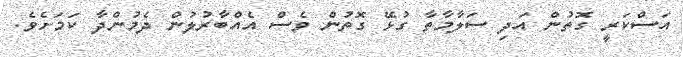
އަސްކަރީ ގޮތުން އަދި ސަލާމާތާ ގުޅޭ ގޮތުން ވެސް އެއްބާރުލުން ދެމުންދާ ކަމަށެވެ.